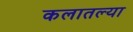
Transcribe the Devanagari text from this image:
कलातल्या